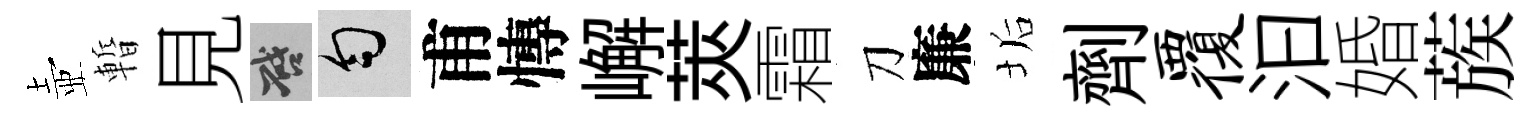
壺暫見啓匀甫慱嶰莢霜刀廉垢劑覆汩婚蔟